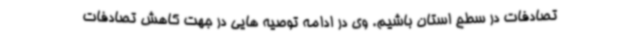
تصادفات در سطح استان باشیم. وی در ادامه توصیه هایی در جهت کاهش تصادفات